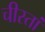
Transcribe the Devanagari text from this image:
चीस्तां